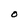
Character: O